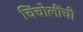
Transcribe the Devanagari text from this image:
चिंचोलींची